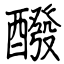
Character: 醱